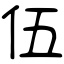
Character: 伍